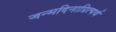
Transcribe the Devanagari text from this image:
जन्मदिनाप्रित्यर्थ